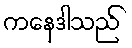
ကနေဒါသည်